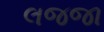
લજજા